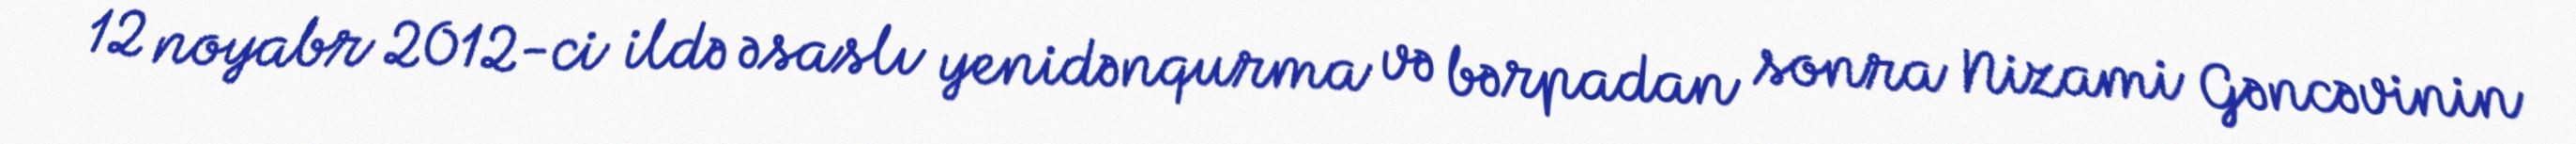
12 noyabr 2012-ci ildə əsaslı yenidənqurma və bərpadan sonra Nizami Gəncəvinin